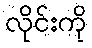
လိုင်းကို